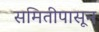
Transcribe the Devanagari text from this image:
समितीपासून